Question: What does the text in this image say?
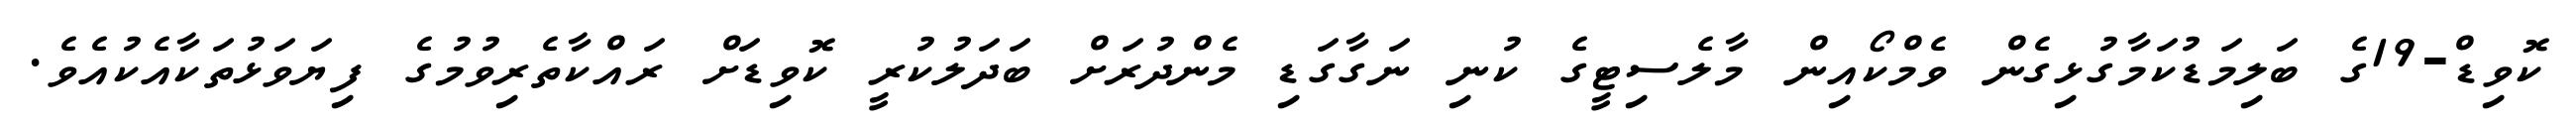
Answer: ކޮވިޑް-19ގެ ބަލިމަޑުކަމާގުޅިގެން ވެމްކޯއިން މާލެސިޓީގެ ކުނި ނަގާގަޑި މެންދުރަށް ބަދަލުކުރީ ކޮވިޑަށް ރައްކާތެރިވުމުގެ ފިޔަވަޅުތަކާއެކުއެވެ.